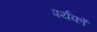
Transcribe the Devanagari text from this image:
पर्यकों